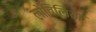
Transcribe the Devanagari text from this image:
लोबिलिया